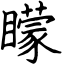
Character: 矇